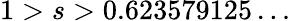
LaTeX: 1>s>0.623579125\ldots